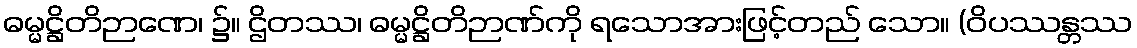
ဓမ္မဋ္ဌိတိဉာဏေ၊ ၌။ ဌိတဿ၊ ဓမ္မဋ္ဌိတိဉာဏ်ကို ရသောအားဖြင့်တည် သော။ (ဝိပဿန္တဿ